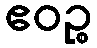
ဧဝဉ္စ